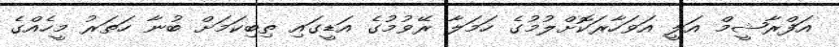
އަފްރާޝީމް އަލީ އަވަހާރަކޮށްލުމުގެ ހަމަލާ ރޭވުމުގެ އަޑީގައި ތިބިކަމަށް ބުނާ ހަތަރު މީހެއްގެ